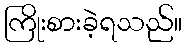
ကြိုးစားခဲ့ရသည်။